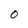
Character: o